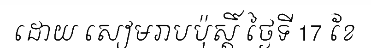
ដោយ សៀមរាបប៉ុស្តិ៍ ថ្ងៃទី 17 ខែ